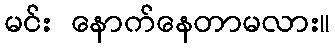
မင်း နောက်နေတာမလား။